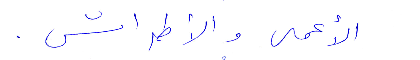
الأعمي والأطراش.